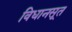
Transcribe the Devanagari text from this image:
विधानसूत